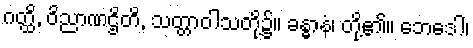
ဂတ္ထိ, ဝိညာဏဌိတိ, သတ္တာဝါသတို့၌။ ခန္ဓာနံ၊ တို့၏။ ဘေဒေါ၊